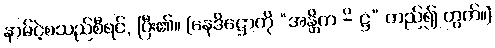
နာမ်ငဲ့စသည်စီရင်, ပြီး၏။ [နေဒိဋ္ဌောကို “အန္တိက -ိ ဋ္ဌ” တည်၍ တွက်။]